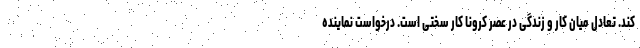
کند. تعادل میان کار و زندگی در عصر کرونا کار سختی است. درخواست نماینده